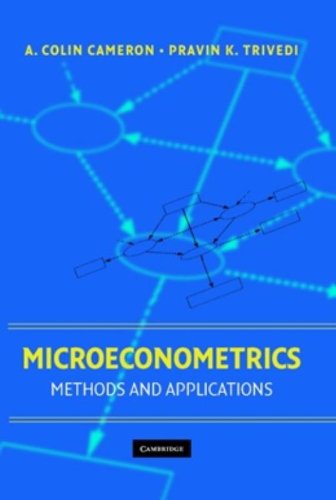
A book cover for Microeconometrics: Methods and Applications; A. Colin Cameron; Business & Money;